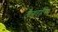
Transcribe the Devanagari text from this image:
लैगरहैंस